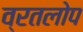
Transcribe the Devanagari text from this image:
व्रतलोप